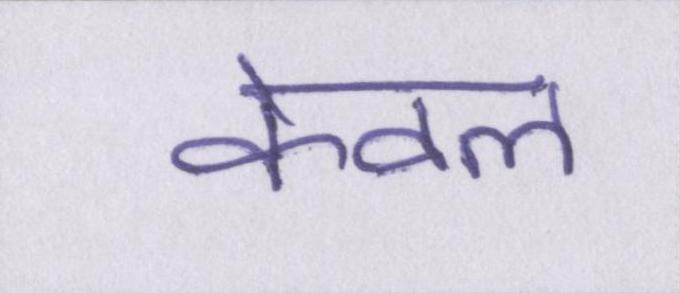
केवल